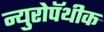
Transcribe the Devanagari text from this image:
न्युरोपॅथीक